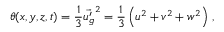
\theta ( x , y , z , t ) = \frac { 1 } { 3 } \vec { u _ { g } ^ { \prime } } ^ { 2 } = \frac { 1 } { 3 } \left( u ^ { 2 } + v ^ { 2 } + w ^ { 2 } \right) \, ,